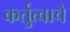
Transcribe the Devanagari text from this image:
कर्तुत्वाचे